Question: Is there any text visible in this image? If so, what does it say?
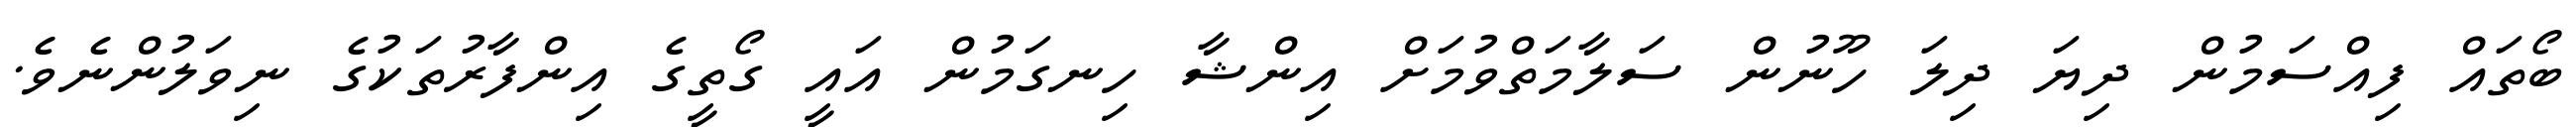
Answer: ބޯތައް ފިއްސަމުން ދިޔަ ދިލަ ހޫނުން ސަލާމަތްވުމަށް އިންޝާ ހިނގަމުން އައީ ގޯތީގެ އިންފާރުތަކުގެ ނިވަލުންނެވެ.